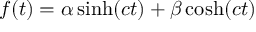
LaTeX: f ( t ) = { \alpha } \sinh ( c t ) + { \beta } \cosh ( c t )